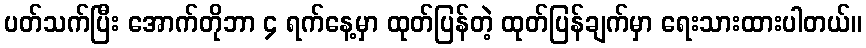
ပတ်သက်ပြီး အောက်တိုဘာ ၄ ရက်နေ့မှာ ထုတ်ပြန်တဲ့ ထုတ်ပြန်ချက်မှာ ရေးသားထားပါတယ်။